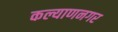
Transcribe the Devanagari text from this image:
कल्याणनगर